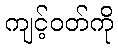
ကျင့်ဝတ်ကို